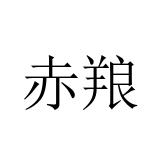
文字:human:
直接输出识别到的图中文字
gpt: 赤羪